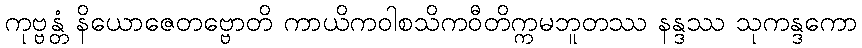
ကုဗ္ဗန္တံ နိယောဇေတဗ္ဗောတိ ကာယိကဝါစသိကဝီတိက္ကမဘူတဿ နန္ဒဿ သုကန္ဒကော